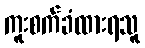
ကူးစက်ခံထားရသူ